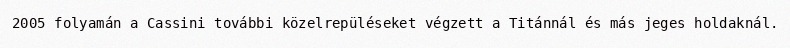
2005 folyamán a Cassini további közelrepüléseket végzett a Titánnál és más jeges holdaknál.